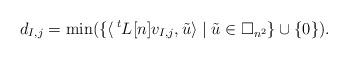
LaTeX: \begin{align*}d_{I,j} = \min ( \{ \langle {\,}^t L[n]v_{I,j},\tilde u\rangle \; | \; \tilde u\in \square _{n^2}\}\cup \{0\}).\end{align*}